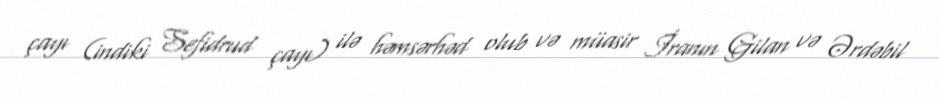
çayı (indiki Sefidrud çayı) ilə həmsərhəd olub və müasir İranın Gilan və Ərdəbil